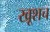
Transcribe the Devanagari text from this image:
खूशच